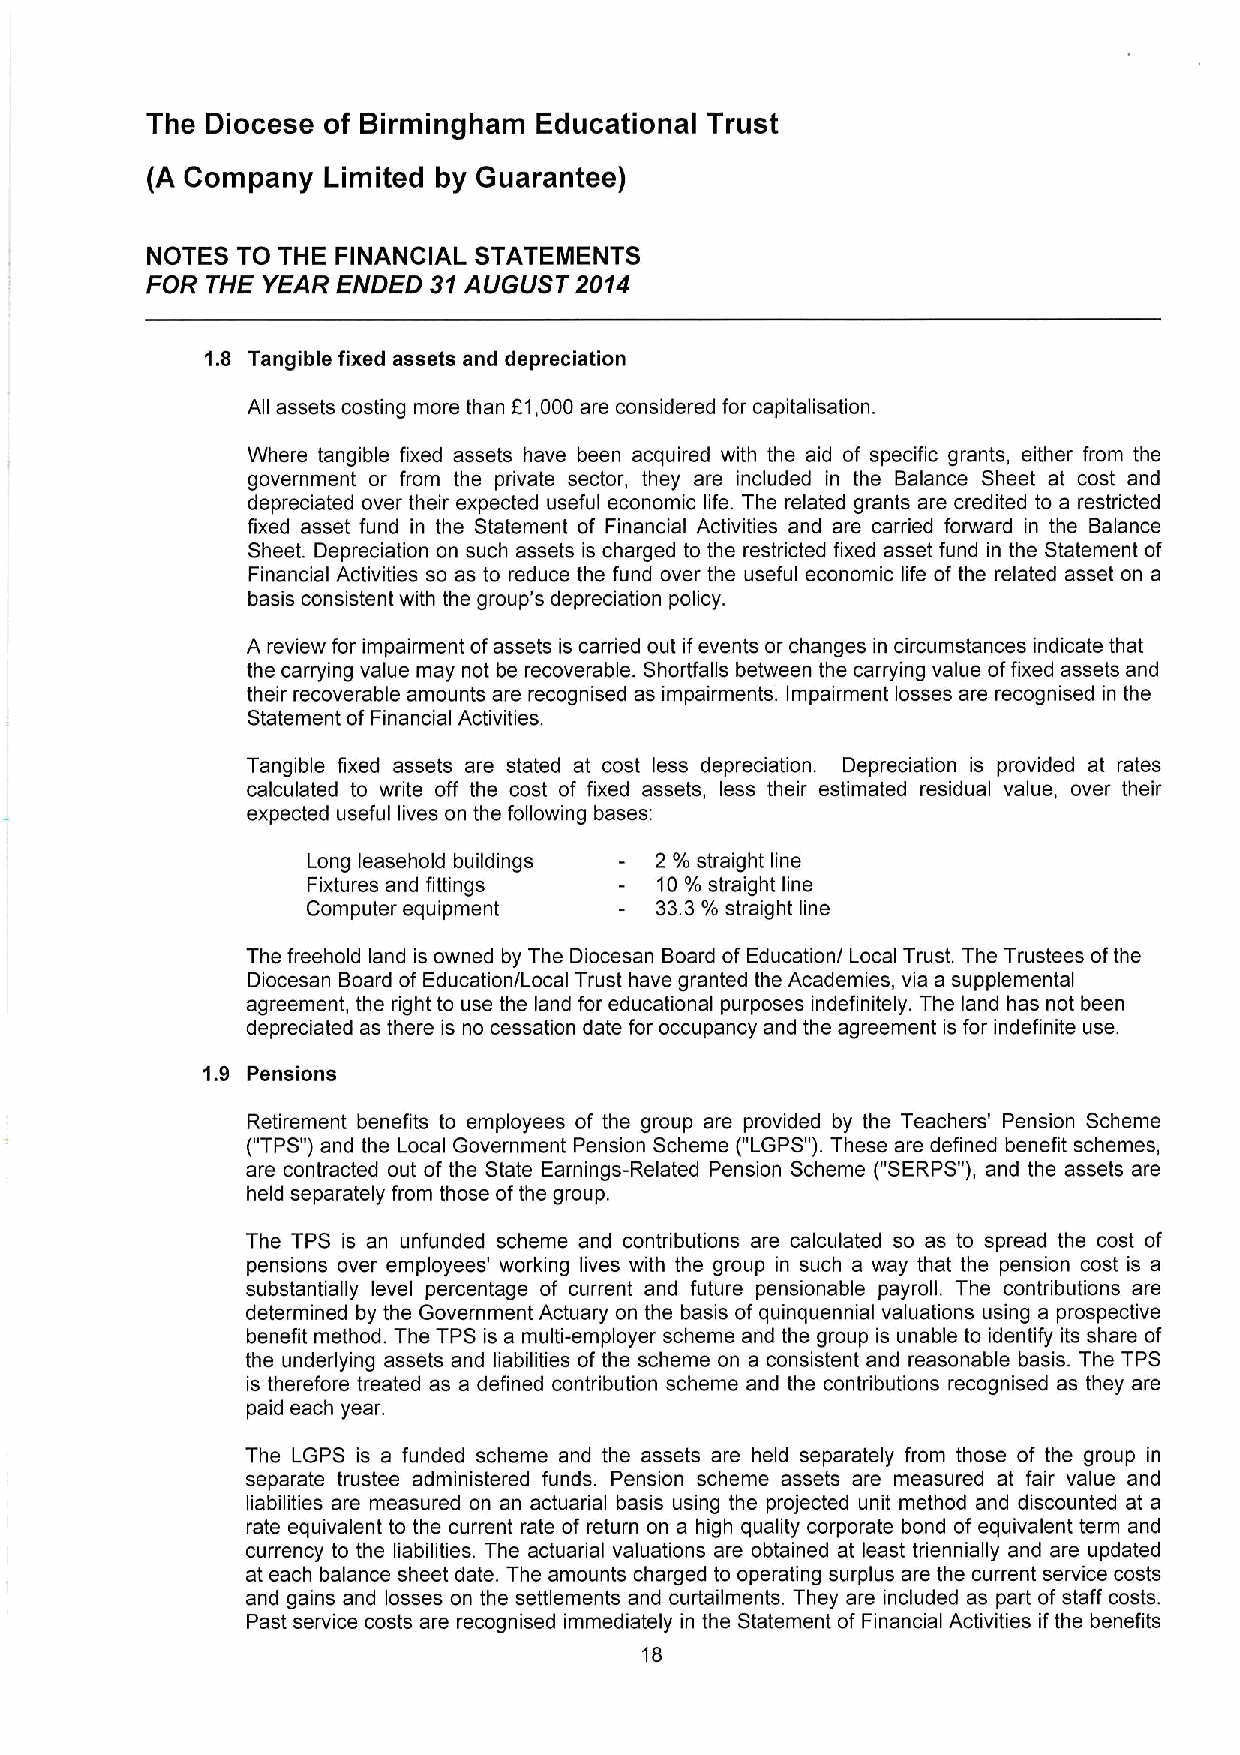
The Diocese of Birmingham Educational Trust
 (A Company Limited by Guarantee)
 NOTES TO THE FINANCIAL STATEMENTS
 FOR THE YEAR ENDED 31AUGUST 2014
 1.8 Tangible fixed assets and depreciation
 All assets costing more than F1,000 are considered for capitalisation.
 Where tangible fixed assets have been acquired with the aid of specific grants, either from the
 government or from the private sector, they are included in the Balance Sheet at cost and
 depreciated over their expected useful economic life. The related grants are credited to a restricted
 fixed asset fund in the Statement of Financial Activities and are carried forward in the Balance
 Sheet. Depreciation on such assets is charged to the restricted fixed asset fund in the Statement of
 Financial Activities so as to reduce the fund over the useful economic life of the related asset on a
 basis consistent with the group's depreciation policy.
 A review for impairment ofassets is carried out ifevents or changes in circumstances indicate that
 the carrying value may not be recoverable. Shortfalls between the carrying value offixed assets and
 their recoverable amounts are recognised as impairments. Impairment losses are recognised in the
 Statement of Financial Activities.
 Tangible fixed assets are stated at cost less depreciation. Depreciation is provided at rates
 calculated to write off the cost of fixed assets, less their estimated residual value, over their
 expected useful lives on the following bases:
 Long leasehold buildings 2%straight line
 Fixtures and fittings  10%straight line
 Computer equipment
 33.3%straight
 line
 The freehold land is owned by The Diocesan Board of Education/ Local Trust. The Trustees ofthe
 Diocesan Board of Education/Local Trust have granted the Academies, via a supplemental
 agreement, the right to use the land for educational purposes indefinitely. The land has not been
 depreciated as there is no cessation date for occupancy and the agreement is for indefinite use.
 1.9 Pensions
 Retirement benefits to employees of the group are provided by the Teachers' Pension Scheme
 ("TPS")and the Local Government Pension Scheme ("LGPS").These are defined benefit schemes,
 are contracted out of the State Earnings-Related Pension Scheme ("SERPS"),and the assets are
 held separately from those ofthe group.
 The TPS is an unfunded scheme and contributions are calculated so as to spread the cost of
 pensions over employees' working lives with the group in such a way that the pension cost is a
 substantially level percentage of current and future pensionable payroll. The contributions are
 determined by the Government Actuary on the basis of quinquennial valuations using a prospective
 benefit method. The TPS is a multi-employer scheme and the group is unable to identify its share of
 the underlying assets and liabilities of the scheme on a consistent and reasonable basis. The TPS
 is therefore treated as a defined contribution scheme and the contributions recognised as they are
 paid each year.
 The LGPS is a funded scheme and the assets are held separately from those of the group in
 separate trustee administered funds. Pension scheme assets are measured at fair value and
 liabilities are measured on an actuarial basis using the projected unit method and discounted at a
 rate equivalent to the current rate of return on a high quality corporate bond of equivalent term and
 currency to the liabilities. The actuarial valuations are obtained at least triennially and are updated
 at each balance sheet date. The amounts charged to operating surplus are the current service costs
 and gains and losses on the settlements and curtailments. They are included as part of staff costs.
 Past service costs are recognised immediately in the Statement of Financial Activities ifthe benefits
 18